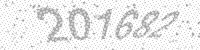
Solution: 201682